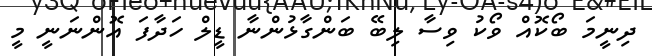
ދިނީމަ ބޯކޮއް ވޯކު ވިސާ ލިބޭ ބަންގާޅުންނާ ޑީލް ހަދާފަ އޮންނަނީ މީ